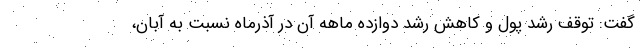
گفت: توقف رشد پول و کاهش رشد دوازده ماهه آن در آذرماه نسبت به آبان،